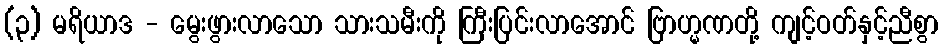
(၃) မရိယာဒ - မွေးဖွားလာသော သားသမီးကို ကြီးပြင်းလာအောင် ဗြာဟ္မဏတို့ ကျင့်ဝတ်နှင့်ညီစွာ